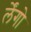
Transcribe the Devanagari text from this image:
र्लेंगो